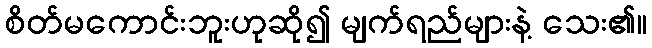
စိတ်မကောင်းဘူးဟုဆို၍ မျက်ရည်များနဲ့ သေး၏။